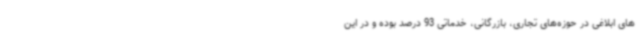
های ابلاغی در حوزه‌های تجاری، بازرگانی، خدماتی 93 درصد بوده و در این